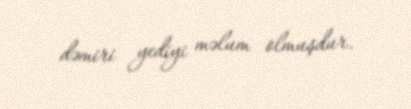
dəmiri yediyi məlum olmuşdur.